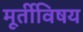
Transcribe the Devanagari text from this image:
मूर्तीविषय